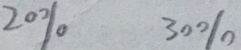
2 0 \% 3 0 \%